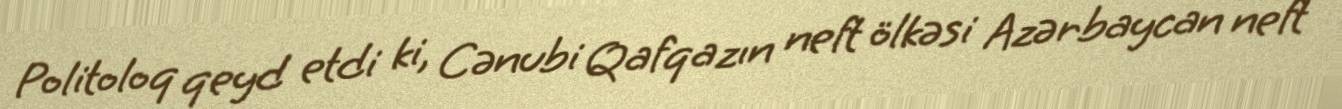
Politoloq qeyd etdi ki, Cənubi Qafqazın neft ölkəsi Azərbaycan neft